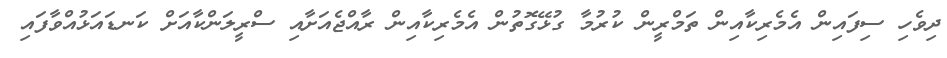
ދިވެހި ސިފައިން އެމެރިކާއިން ތަމްރީން ކުރުމާ ގުޅޭގޮތުން އެމެރިކާއިން ރާއްޖެއަށާއި ސްރީލަންކާއަށް ކަނޑައަޅުއްވާފައި